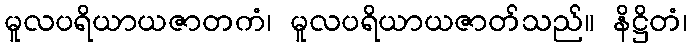
မူလပရိယာယဇာတကံ၊ မူလပရိယာယဇာတ်သည်။ နိဋ္ဌိတံ၊